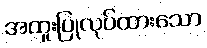
အထူးပြုလုပ်ထားသော